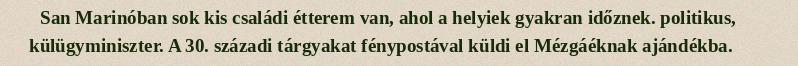
San Marinóban sok kis családi étterem van, ahol a helyiek gyakran időznek. politikus, külügyminiszter. A 30. századi tárgyakat fénypostával küldi el Mézgáéknak ajándékba.